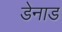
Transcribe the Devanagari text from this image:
डेनाड